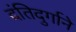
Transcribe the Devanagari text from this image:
दंतिदुर्गाने